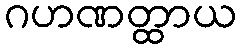
ဂဟဏတ္ထာယ